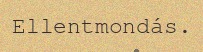
Ellentmondás.